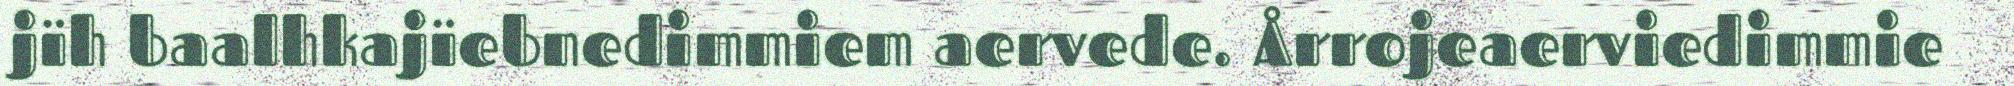
jïh baalhkajïebnedimmiem aervede. Årrojeaerviedimmie